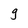
Character: g